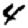
Digit: 4